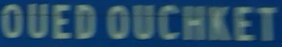
OUEDOUCHKET